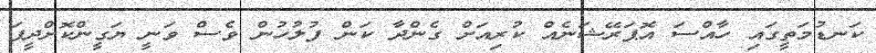
ކަނޑުމަތީގައި ހާއްސަ އޮޕަރޭޝަނެއް ކުރިއަށް ގެންދާ ކަން ފުލުހުން ވެސް ވަނީ ޔަގީންކޮށްދީފަ